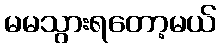
မမသွားရတော့မယ်